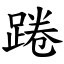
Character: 踡